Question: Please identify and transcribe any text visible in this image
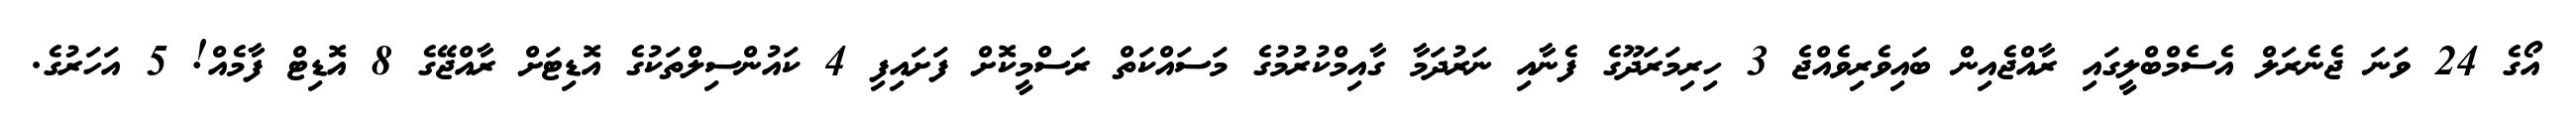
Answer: އޯގެ 24 ވަނަ ޖެނެރަލް އެސެމްބްލީގައި ރާއްޖެއިން ބައިވެރިވެއްޖެ 3 ހިރިމަރަދޫގެ ފެނާއި ނަރުދަމާ ގާއިމްކުރުމުގެ މަސައްކަތް ރަސްމީކޮށް ފަށައިފި 4 ކައުންސިލްތަކުގެ އޮޑިޓަށް ރާއްޖޭގެ 8 އޮޑިޓް ފާމެއް! 5 އަހަރުގެ.